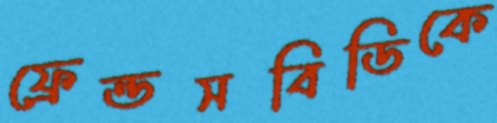
ফ্রেন্ডসবিডিকে